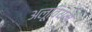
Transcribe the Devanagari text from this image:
अलूवियम